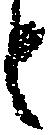
と